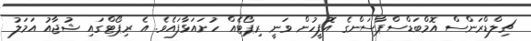
ޗިލްޑްރަންސް އޮމްބަޑްސްޕާސަންގެ އޮފީހުން ވަނީ ރިޕޯޓެއް ހުށައަޅާފައެވެ. އެ ރިޕޯޓްގައި ޝުޖާއު އަމަލު